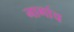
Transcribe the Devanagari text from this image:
नागांच